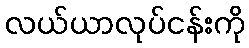
လယ်ယာလုပ်ငန်းကို